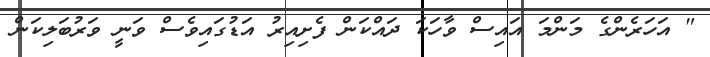
" އަހަރެންގެ މަންމަ އައިސް ވާހަކަ ދައްކަން ފެށިއިރު އަޑުގައިވެސް ވަނީ ވަރުބަލިކަން